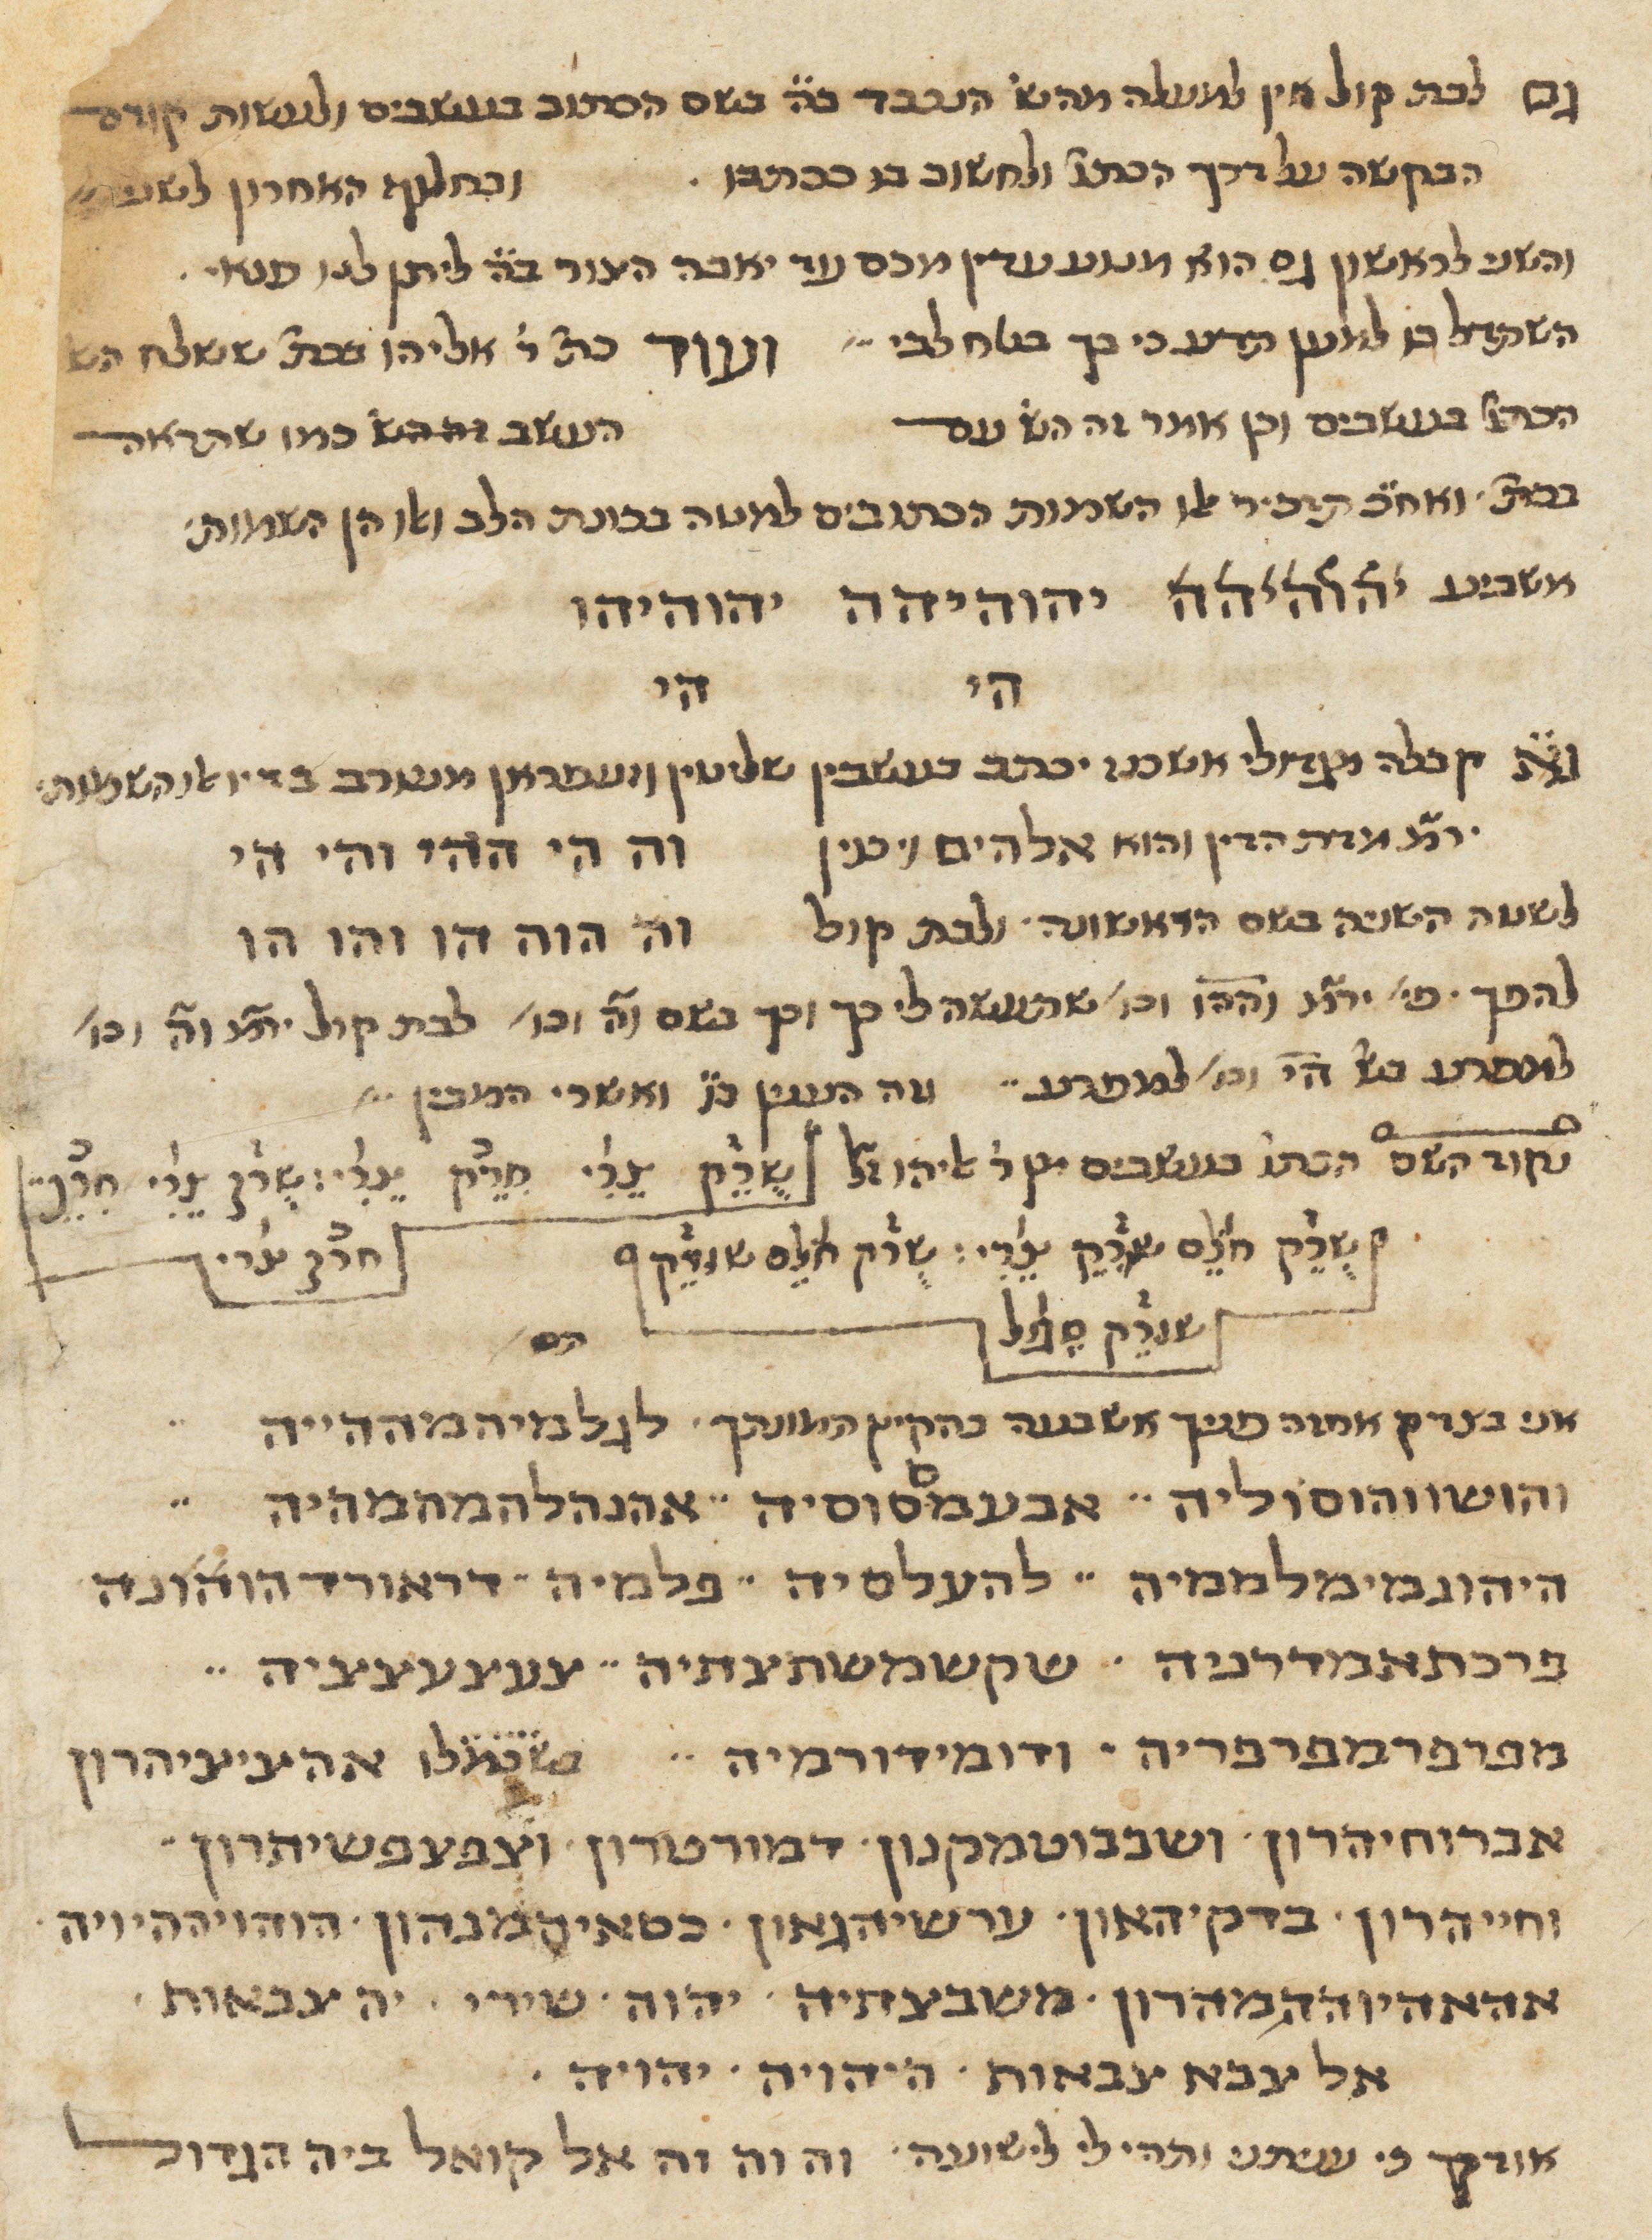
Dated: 1400–1799